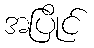
အပြိုင်